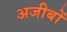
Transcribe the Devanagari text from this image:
अजीबों